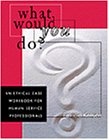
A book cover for What Would You Do?: An Ethical Case Workbook for Human Service Professionals (Ethics & Legal Issues); Patricia Kenyon; Law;